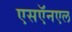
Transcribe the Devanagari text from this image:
एसऍनएल